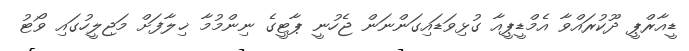
ޑީއާރްޕީ ދޫކުރައްވާ އެމްޑީޕީއާ ގުޅިވަޑައިގަންނަން ޖެހުނީ ޕާޓީގެ ނިންމުމާ ޚިލާފަށް މަޖިލީހުގައި ވޯޓު